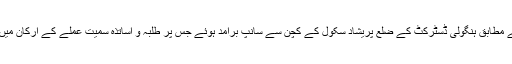
بھارتی میڈیا کے مطابق ہنگولی ڈسٹرکٹ کے ضلع پریشاد سکول کے کچن سے سانپ برآمد ہوئے جس پر طلبہ و اساتذہ سمیت عملے کے ارکان میں کھلبلی مچ گئی۔